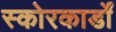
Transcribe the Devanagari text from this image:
स्कोरकार्डों